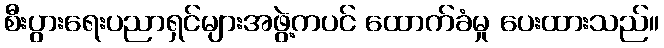
စီးပွားရေးပညာရှင်များအဖွဲ့ကပင် ထောက်ခံမှု ပေးထားသည်။